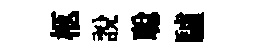
柩説聪驢